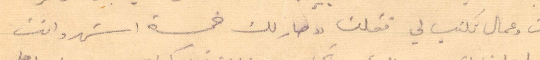
انت وعمال تكتب لي فقلت "صار لك خمسة اشهر وانت